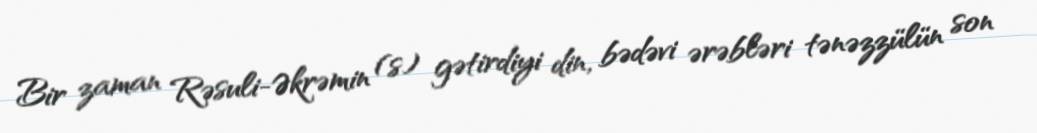
Bir zaman Rəsuli-Əkrəmin (s) gətirdiyi din, bədəvi ərəbləri tənəzzülün son